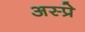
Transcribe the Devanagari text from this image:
अस्प्रे